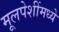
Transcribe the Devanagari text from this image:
मूलपेशींमध्ये